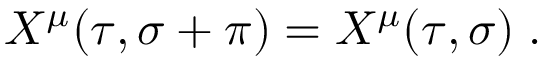
X ^ { \mu } ( \tau , \sigma + \pi ) = X ^ { \mu } ( \tau , \sigma ) \; .